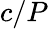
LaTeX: c/P